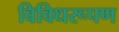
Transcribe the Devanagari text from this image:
विविधरूपण